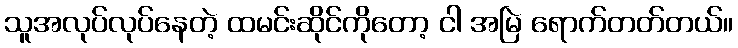
သူအလုပ်လုပ်နေတဲ့ ထမင်းဆိုင်ကိုတော့ ငါ အမြဲ ရောက်တတ်တယ်။